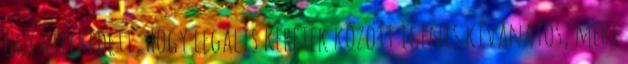
úgy vélekedett, hogy legális keretek között igenis kívánatos, mert